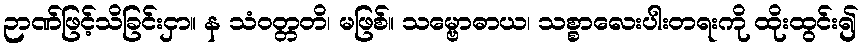
ဉာဏ်ဖြင့်သိခြင်းငှာ။ န သံဝတ္တတိ၊ မဖြစ်။ သမ္ဗောဓာယ၊ သစ္စာလေးပါးတရးကို ထိုးထွင်း၍